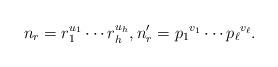
LaTeX: \begin{align*} n_r=r_1^{u_1}\cdots r_h^{u_h}, n_r'={p_1}^{v_1}\cdots {p_{\ell}}^{v_{\ell}}.\end{align*}